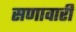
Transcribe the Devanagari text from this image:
सणावारीं